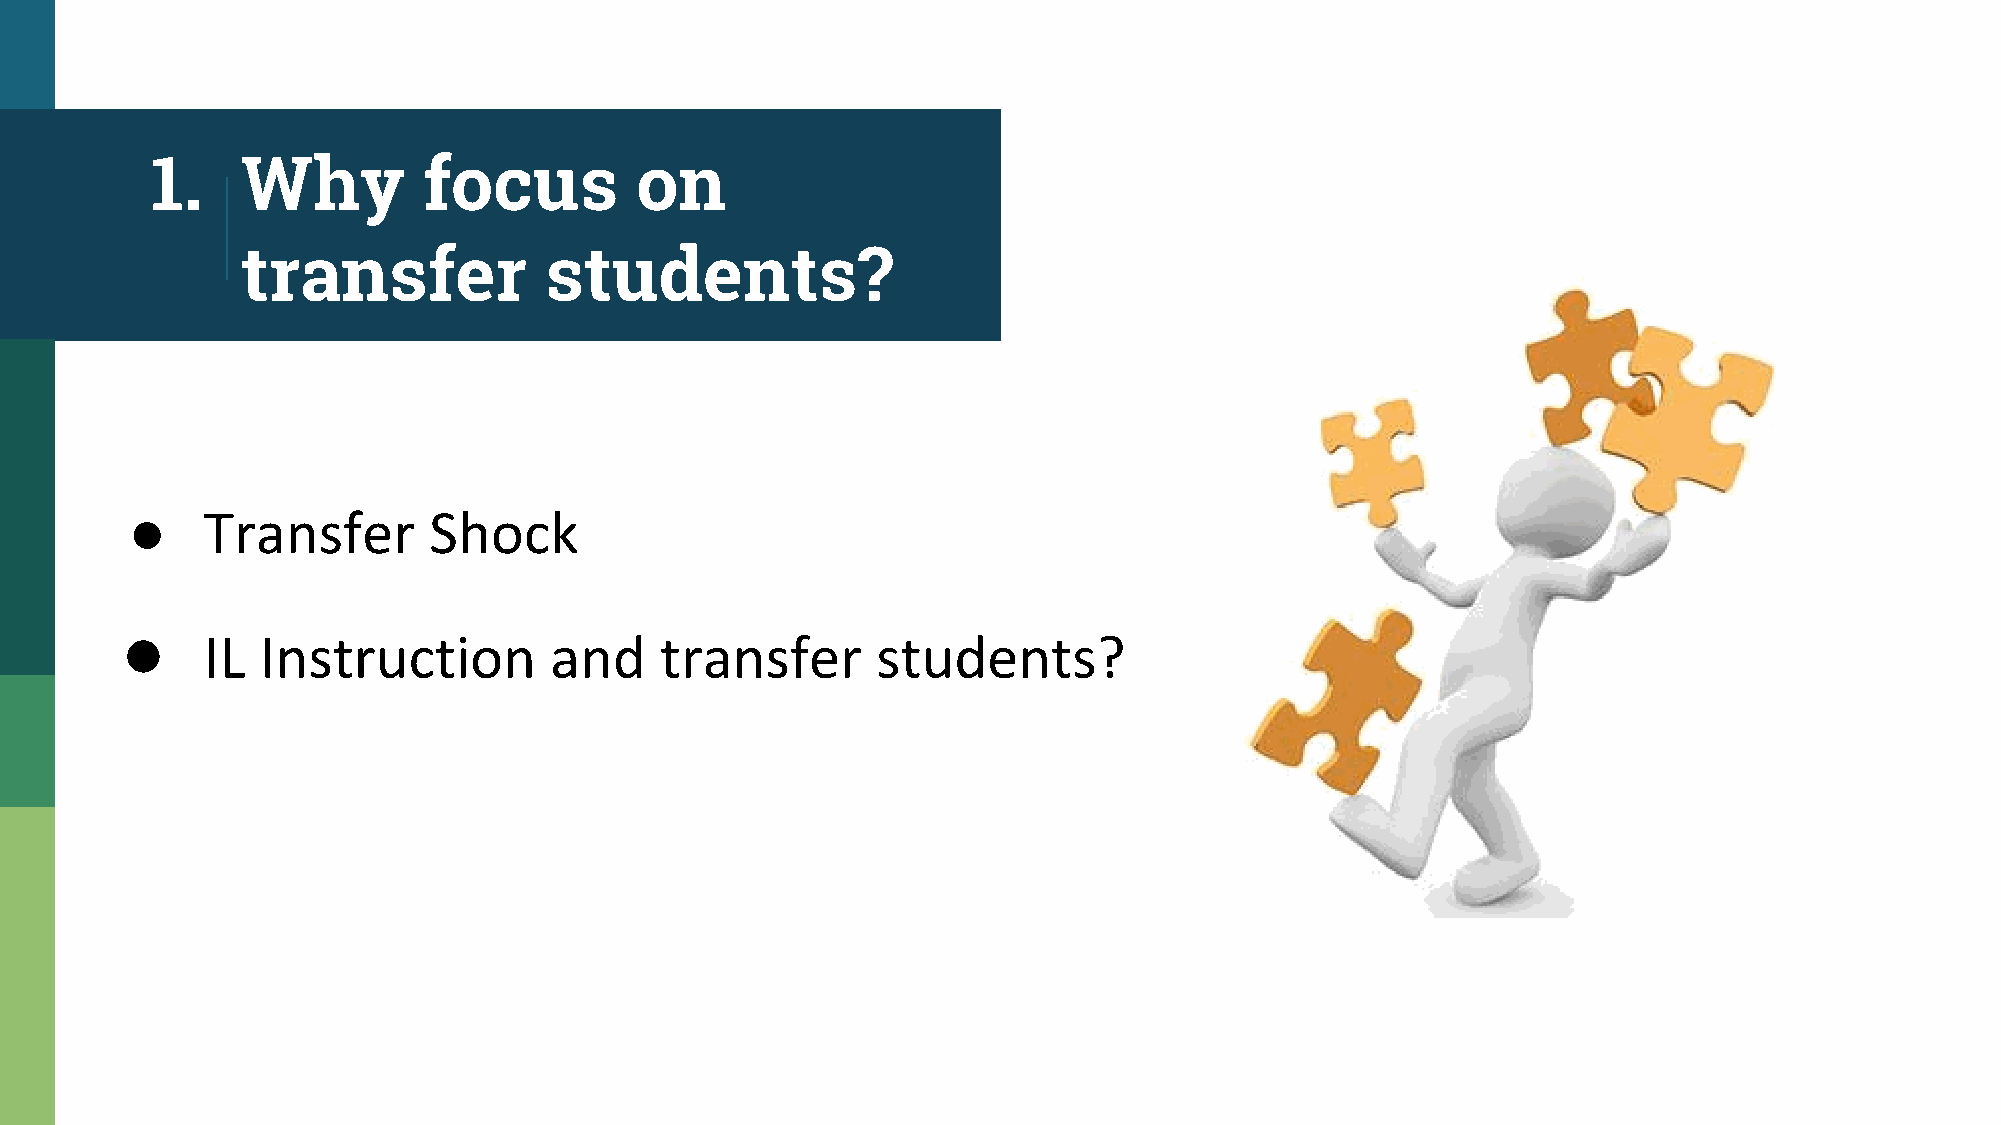
1.    Why         focus         on
 transfer            students?
 ●
 ●